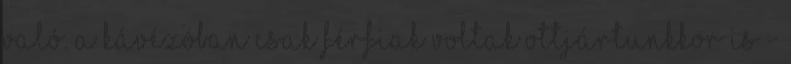
való. A kávézóban csak férfiak voltak ottjártunkkor is -